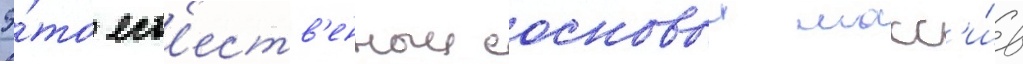
Э́то ест'еств'енныи сосновыи масс'и́в